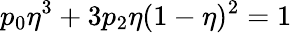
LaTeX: p_{0}\eta^{3}+3p_{2}\eta(1-\eta)^{2}=1